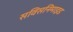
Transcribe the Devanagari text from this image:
सविसनिमाइड